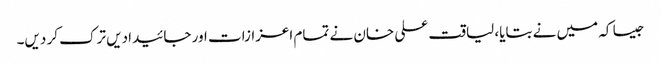
جیسا کہ میں نے بتایا، لیاقت علی خان نے تمام اعزازات اور جائیدادیں ترک کر دیں۔